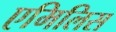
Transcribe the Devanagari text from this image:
एमिलिस